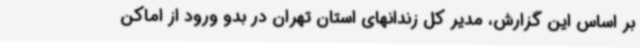
بر اساس این گزارش، مدیر کل زندانهای استان تهران در بدو ورود از اماکن